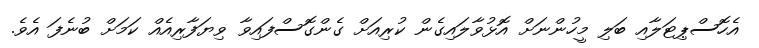
އެހޮސްޕިޓަލާއި ބަލި މީހުންނަށް އޮޅުވާލައިގެން ކުރިއަށް ގެންގޮސްފައިވާ ވިޔަފާރިއެއް ކަމަށް ބުނެފަ އެވެ.